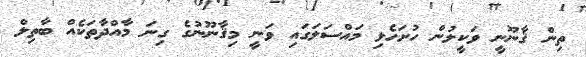
ތިން ޤާނޫނީ ވަކީލުން ހުށަހެޅި މައްސަލަގައި ވަނީ މިޤާނޫނުގެ ގިނަ މާއްދާތަކެއް ބާތިލް